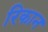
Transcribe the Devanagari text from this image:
रिकान